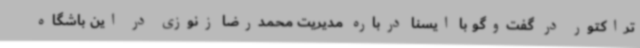
تراکتور در گفت‌وگو با ایسنا درباره مدیریت محمدرضا زنوزی در این باشگاه